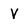
Character: V